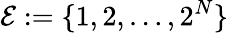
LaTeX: \mathcal{E}:=\{ 1,2,\ldots,2^{N}\}